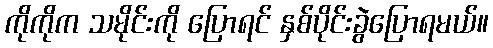
ကိုကိုက သမိုင်းကို ပြောရင် နှစ်ပိုင်းခွဲပြောရမယ်။